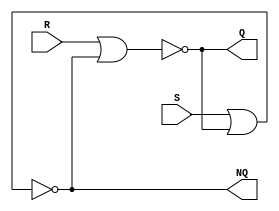
`timescale 1 ns / 1 ps

module sr_latch ( S ,R ,Q ,NQ );

input S,R;
output Q,NQ;

  nor (Q,R,NQ);
  nor (NQ,S,Q);
  

endmodule